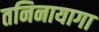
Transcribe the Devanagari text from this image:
तनिनायागा